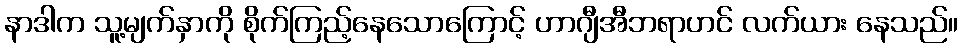
နာဒါက သူ့မျက်နှာကို စိုက်ကြည့်နေသောကြောင့် ဟာဂျီအီဘရာဟင် လက်ယား နေသည်။